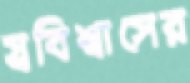
স্ববিশ্বাসের